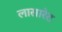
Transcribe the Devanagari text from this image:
लासारेट